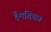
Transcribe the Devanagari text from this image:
हैमंतिक।